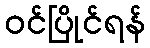
ဝင်ပြိုင်ရန်